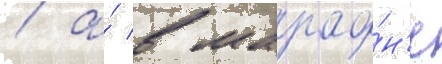
/ а́ в марафо́н'е